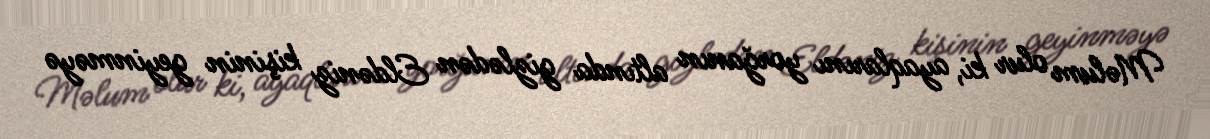
Məlum olur ki, ayaqlarını yorğanın altında gizlədən Eldəniz kişinin geyinməyə